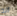
انه